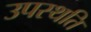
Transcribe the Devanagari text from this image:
उपस्थति